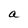
Character: a